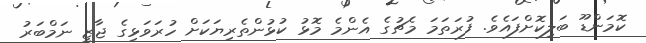
ކޮމަންޑޫ ބަލިކޮށްފައެވެ. ފުރަތަމަ މެޗުގެ އެންމެ މޮޅު ކުޅުންތެރިޔަކަށް ހުރަވަޅިގެ ޖާޒީ ނަމްބަރު